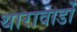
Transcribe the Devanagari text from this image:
थारावाडों